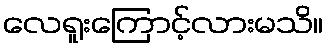
လေရူးကြောင့်လားမသိ။